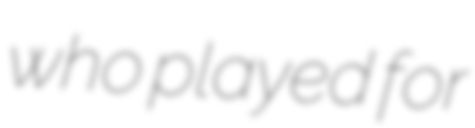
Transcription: who played for